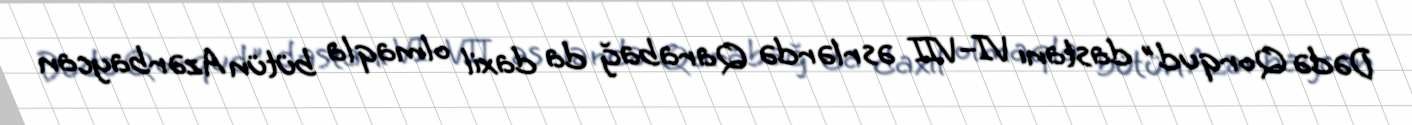
Dədə Qorqud" dastanı VI–VII əsrlərdə Qarabağ da daxil olmaqla bütün Azərbaycan